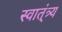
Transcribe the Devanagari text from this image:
स्वात्ंत्र्य